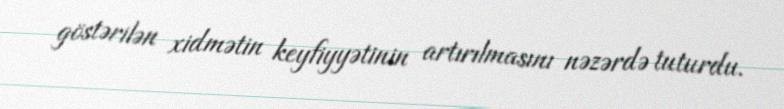
göstərilən xidmətin keyfiyyətinin artırılmasını nəzərdə tuturdu.